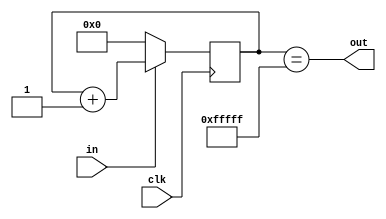
// Basic counter to debounce the reset signal to ease chipscope use. 
// Assumes ~33 Mhz clock and ~100ms button press.

module Debouncer(
    input clk, in,
    output out
);

    reg [21:0] count;

    always@(posedge clk)
        if(~in)
            count <= 21'b0;
        else 
            count <= count + 1;

    assign out = count == 21'hFFFFF;

endmodule